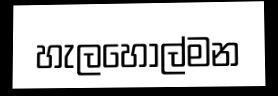
හැලහොල්මන